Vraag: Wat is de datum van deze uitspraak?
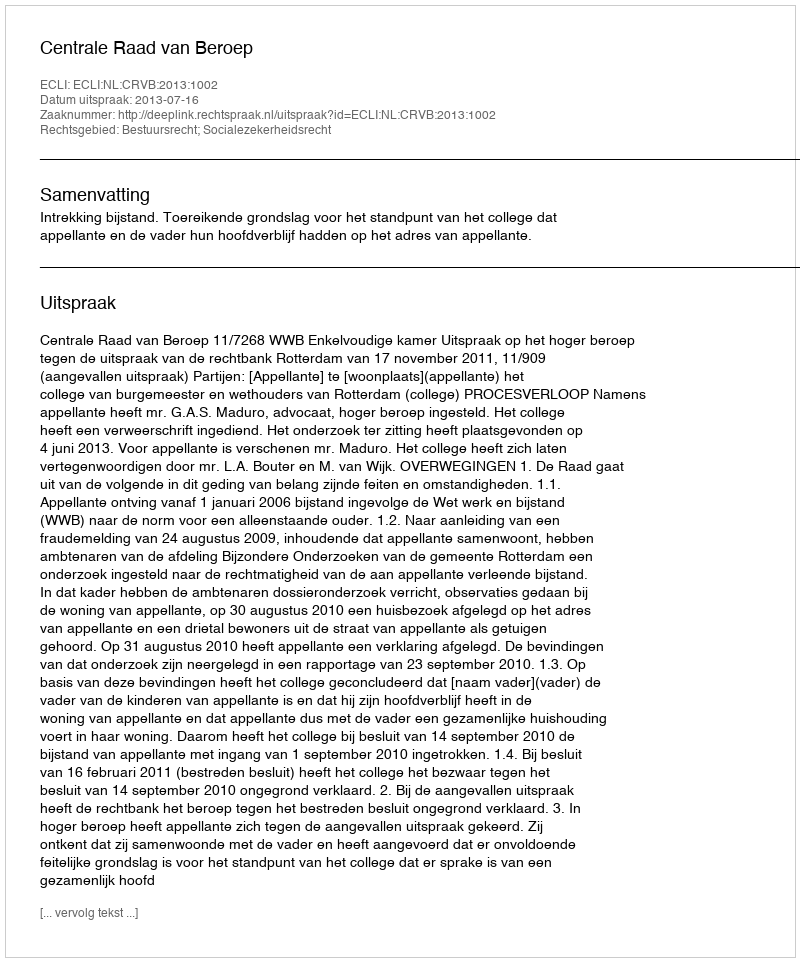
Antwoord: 2013-07-16